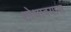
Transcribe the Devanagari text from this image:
शोधावयास